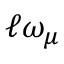
\mathcal { \ell \omega } _ { \mu }